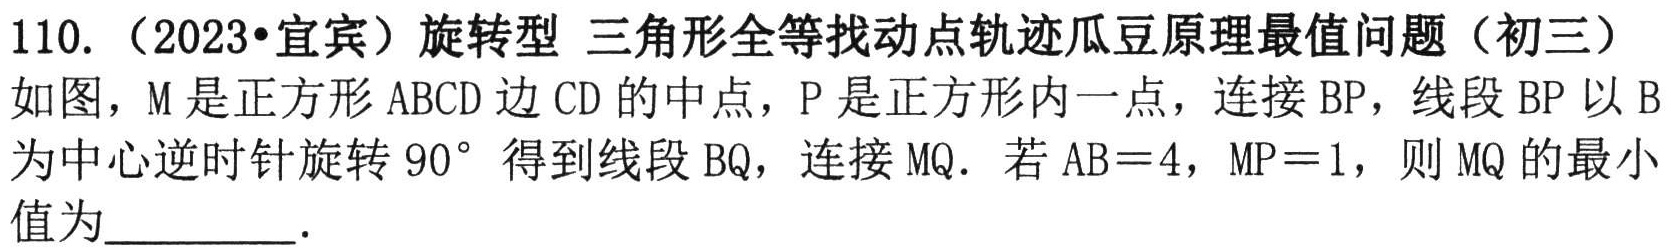
110. （2023•宜宾）旋转型 三角形全等找动点轨迹瓜豆原理最值问题（初三）
如图，\(M\)是正方形 \(ABCD\)边 \(CD\)的中点，\(P\)是正方形内一点，连接 \(BP\)，线段 \(BP\)以 \(B\)为中心逆时针旋转 \(90^{\circ}\)得到线段 \(BQ\)，连接 \(MQ\)．若 \(AB = 4\)，\(MP = 1\)，则 \(MQ\)的最小值为_________．